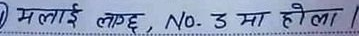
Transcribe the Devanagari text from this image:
म लाई लाग्छ No. उ मा होला।